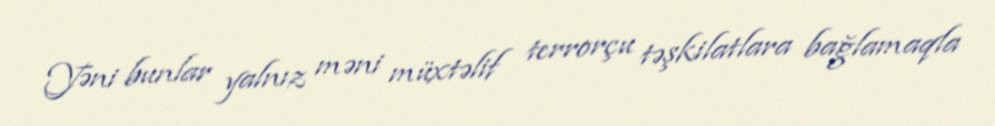
Yəni bunlar yalnız məni müxtəlif terrorçu təşkilatlara bağlamaqla